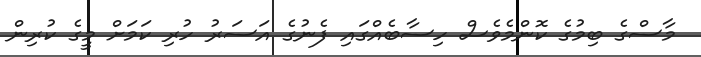
މާސްގެ ބިމުގެ ކޮންމެވެސް ހިސާބެއްގައި ފެނުގެ އަސަރު ހުރި ކަމަށް މީގެ ކުރިން